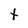
Character: t